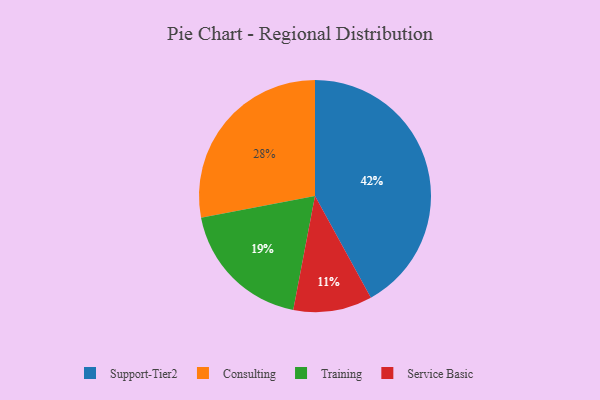
{"axis": {"x": "Category", "y": "Percentage"}, "legend": ["Consulting", "Service Basic", "Support-Tier2", "Training"], "data": [{"x": "Training", "y": 19, "type": "Training"}, {"x": "Consulting", "y": 28, "type": "Consulting"}, {"x": "Support-Tier2", "y": 42, "type": "Support-Tier2"}, {"x": "Service Basic", "y": 11, "type": "Service Basic"}]}